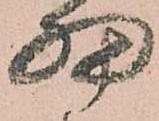
細